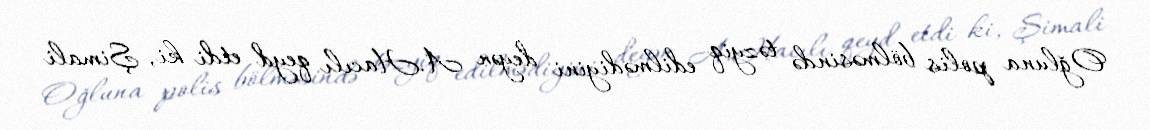
Oğluna polis bölməsində təzyiq edilmədiyini deyən A.Hacılı qeyd etdi ki, Şimali